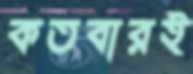
কতবারই